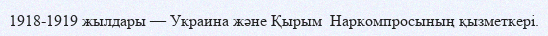
1918-1919 жылдары — Украина және Қырым  Наркомпросының қызметкері.